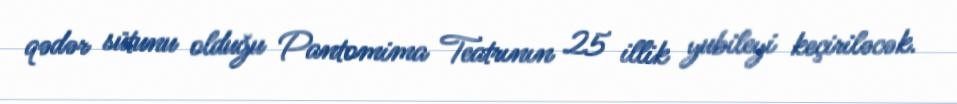
qədər sütunu olduğu Pantomima Teatrının 25 illik yubileyi keçiriləcək.